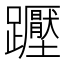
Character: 𲄒